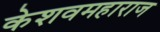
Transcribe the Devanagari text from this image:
केशवमहाराज